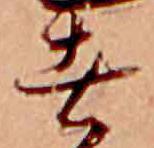
者